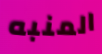
المنبه